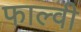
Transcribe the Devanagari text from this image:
फाल्वी